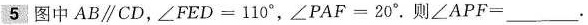
5 图中 AB\parallel CD,\angle FED =110^{\circ},\angle PAF = 20^{\circ}.则\angle APF=___ .